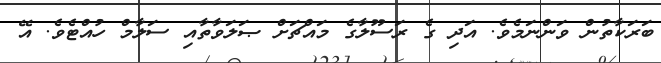
ބަރަކާތުން ވަންނަމެވެ. އަދި ގެ ރަސޫލާގެ މައްޗަށް ޞަލަވާތާއި ސަލާމް ހުއްޓެވެ. އޭ